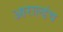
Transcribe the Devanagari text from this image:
आराल्डंच